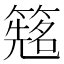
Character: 𬕰